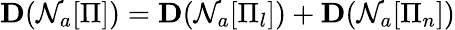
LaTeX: \mathbf{D}(\mathcal{N}_{a}[\Pi])=\mathbf{D}(\mathcal{N}_{a}[\Pi_{l}])+\mathbf{D}(\mathcal{N}_{a}[\Pi_{n}])